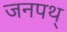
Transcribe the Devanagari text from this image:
जनपथ्